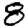
Digit: 8